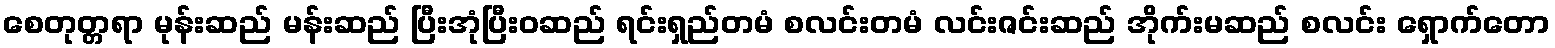
စေတုတ္တရာ မုန်းဆည် မန်းဆည် ပြီးအုံပြီးဝဆည် ရင်းရှည်တမံ စလင်းတမံ လင်းဇင်းဆည် အိုက်းမဆည် စလင်း ရှောက်တော